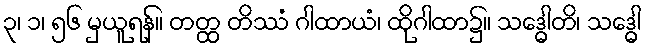
၃၊ ၁၊ ၅၆ မှယူရန်။ တတ္ထ တိဿံ ဂါထာယံ၊ ထိုဂါထာ၌။ သဒ္ဓေါတိ၊ သဒ္ဓေါ